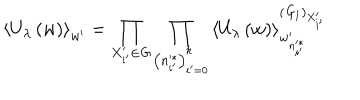
\left\langle U _ { \lambda } \left( w \right) \right\rangle _ { w ^ { \prime } } = \prod _ { X _ { i ^ { \prime } } ^ { \prime } \in { \it G } } \prod _ { \left( n _ { i ^ { \prime } } ^ { * } \right) _ { i ^ { \prime } = 0 } ^ { k } } \left\langle U _ { \lambda } \left( w \right) \right\rangle _ { w _ { n _ { i ^ { \prime } } ^ { * } } ^ { \prime } } ^ { \left( { \it G } _ { 1 } \right) _ { X _ { i ^ { \prime } } ^ { \prime } } }